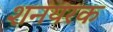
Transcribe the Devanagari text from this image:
शनयरक